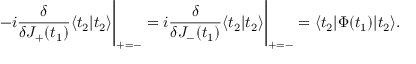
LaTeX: - i \frac { \delta } { \delta J _ { + } ( t _ { 1 } ) } \langle t _ { 2 } | t _ { 2 } \rangle \Bigg | _ { + = - } = i \frac { \delta } { \delta J _ { - } ( t _ { 1 } ) } \langle t _ { 2 } | t _ { 2 } \rangle \Bigg | _ { + = - } = \langle t _ { 2 } | \Phi ( t _ { 1 } ) | t _ { 2 } \rangle .